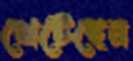
খেটেছেন